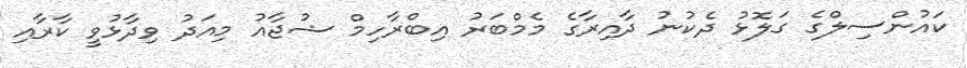
ކައުންސިލްގެ ގަލޮޅު ދެކުނު ދާއިރާގެ މެމްބަރު އިބްރާހިމް ޝުޖާއު މިއަދު ވިދާޅުވީ ކާރާއި